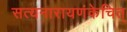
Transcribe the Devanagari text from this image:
सत्यनारायणंकेचित्